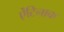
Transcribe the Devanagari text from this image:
ऐंटिनाक